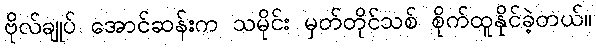
ဗိုလ်ချုပ် အောင်ဆန်းက သမိုင်း မှတ်တိုင်သစ် စိုက်ထူနိုင်ခဲ့တယ်။